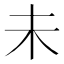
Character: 未